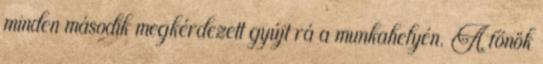
minden második megkérdezett gyújt rá a munkahelyén. A főnök